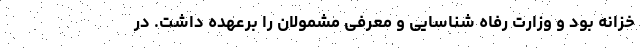
خزانه بود و وزارت رفاه شناسایی و معرفی مشمولان را برعهده داشت. در